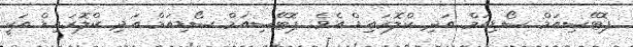
ޕޮޓޭސިއަމް ސޯޑިއަމް އަދި ކްލޮރައިޑް އެވެ. ޕޮޓޭސިއަމް ސޯޑިއަމް އަދި ކްލޮރައިޑް އަކީ